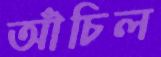
আঁচিল